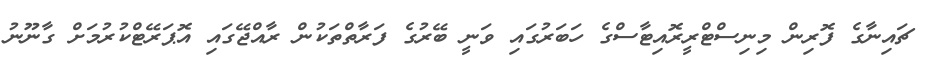
ޗައިނާގެ ފޮރިން މިނިސްޓްރީރޮއިޓާސްގެ ހަބަރުގައި ވަނީ ބޭރުގެ ފަރާތްތަކުން ރާއްޖޭގައި އޮޕަރޭޓްކުރުމަށް ގާނޫނު